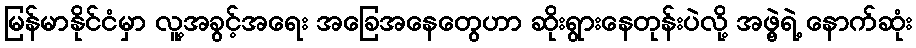
မြန်မာနိုင်ငံမှာ လူ့အခွင့်အရေး အခြေအနေတွေဟာ ဆိုးရွားနေတုန်းပဲလို့ အဖွဲ့ရဲ့ နောက်ဆုံး